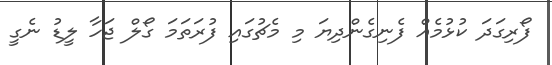
ފޯރިގަދަ ކުޅުމެއް ފެނިގެންދިޔަ މި މެޗުގައި ފުރަތަމަ ގޯލް ޖަހާ ލީޑު ނެގީ